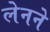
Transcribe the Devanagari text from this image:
लेनने